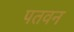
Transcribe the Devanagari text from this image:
पतवन